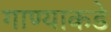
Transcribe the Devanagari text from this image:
गाण्याकडे